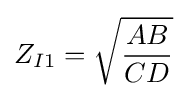
Z_{I1}={\sqrt {\frac {AB}{CD}}}